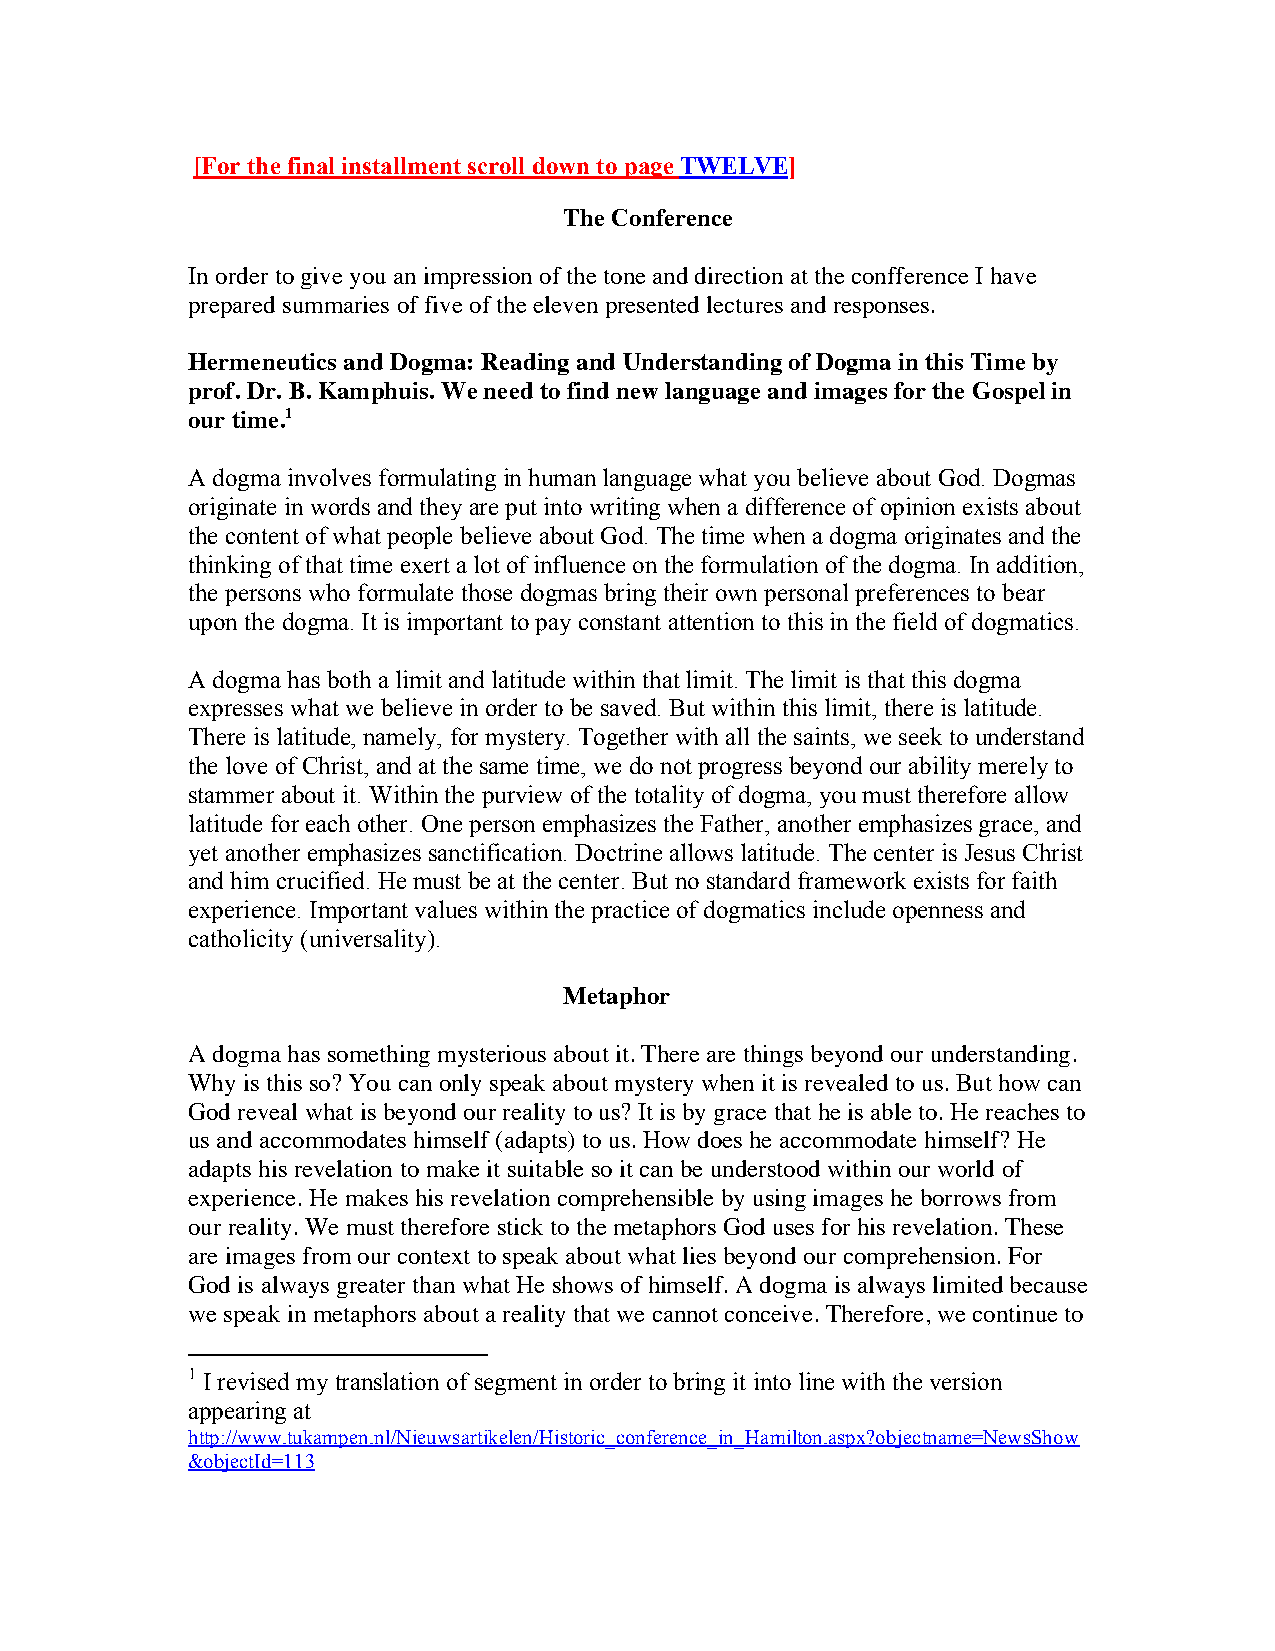
[For the final installment scroll down to page TWELVE]
 The Conference
 In order to give you an impression of the tone and direction at the confference I have
 prepared summaries of five of the eleven presented lectures and responses.
 Hermeneutics and Dogma: Reading and Understanding of Dogma in this Time by
 prof. Dr. B. Kamphuis. We need to find new language and images for the Gospel in
 our time.1
 A dogma involves formulating in human language what you believe about God. Dogmas
 originate in words and they are put into writing when a difference of opinion exists about
 the content of what people believe about God. The time when a dogma originates and the
 thinking of that time exert a lot of influence on the formulation of the dogma. In addition,
 the persons who formulate those dogmas bring their own personal preferences to bear
 upon the dogma. It is important to pay constant attention to this in the field of dogmatics.
 A dogma has both a limit and latitude within that limit. The limit is that this dogma
 expresses what we believe in order to be saved. But within this limit, there is latitude.
 There is latitude, namely, for mystery. Together with all the saints, we seek to understand
 the love of Christ, and at the same time, we do not progress beyond our ability merely to
 stammer about it. Within the purview of the totality of dogma, you must therefore allow
 latitude for each other. One person emphasizes the Father, another emphasizes grace, and
 yet another emphasizes sanctification. Doctrine allows latitude. The center is Jesus Christ
 and him crucified. He must be at the center. But no standard framework exists for faith
 experience. Important values within the practice of dogmatics include openness and
 catholicity (universality).
 Metaphor
 A dogma has something mysterious about it. There are things beyond our understanding.
 Why is this so? You can only speak about mystery when it is revealed to us. But how can
 God reveal what is beyond our reality to us? It is by grace that he is able to. He reaches to
 us and accommodates himself (adapts) to us. How does he accommodate himself? He
 adapts his revelation to make it suitable so it can be understood within our world of
 experience. He makes his revelation comprehensible by using images he borrows from
 our reality. We must therefore stick to the metaphors God uses for his revelation. These
 are images from our context to speak about what lies beyond our comprehension. For
 God is always greater than what He shows of himself. A dogma is always limited because
 we speak in metaphors about a reality that we cannot conceive. Therefore, we continue to
 1 I revised my translation of segment in order to bring it into line with the version
 appearing at
 http://www.tukampen.nl/Nieuwsartikelen/Historic_conference_in_Hamilton.aspx?objectname=NewsShow
 &objectId=113